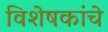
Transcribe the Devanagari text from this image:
विशेषकांचे